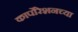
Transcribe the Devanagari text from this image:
कार्पोरेशनच्या